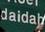
daidah